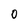
Character: 0